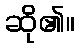
ဆို၏။